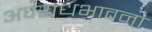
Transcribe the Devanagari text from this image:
अपराधभावना